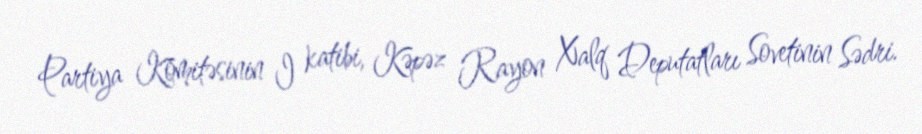
Partiya Komitəsinin I katibi, Kəpəz Rayon Xalq Deputatları Sovetinin Sədri.